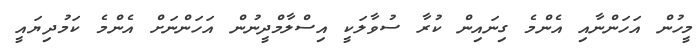
މީހުން އަހަންނާއި އެންމެ ގިނައިން ކުރާ ސުވާލަކީ އިސްލާމްދީނުން އަހަންނަށް އެންމެ ކަމުދިޔައީ